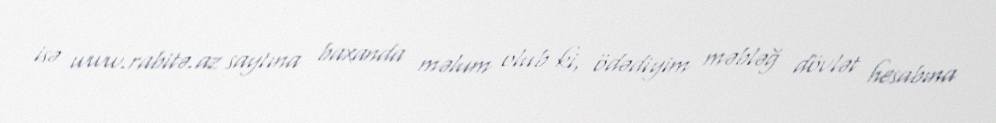
isə www.rabitə.az saytına baxanda məlum olub ki, ödədiyim məbləğ dövlət hesabına